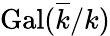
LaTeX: {\mathrm{Gal}}({\overline{{k}}}/k)